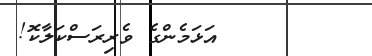
١٠٧        އަޅަމެންގެ ވެރިރަސްކަލާކޮ!